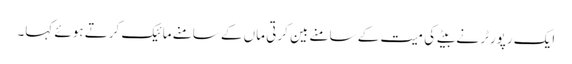
ایک رپورٹر نے بیٹے کی میت کے سامنے بین کرتی ماں کے سامنے مائیک کرتے ہوئے کہا۔